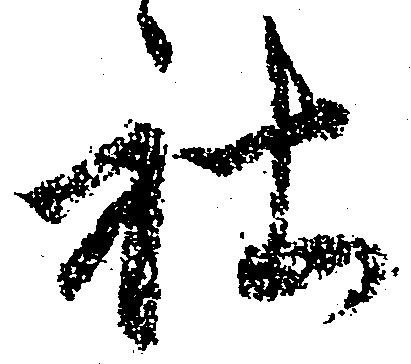
社